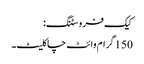
کیک فروسٹنگ:
150 گرام وائٹ چاکلیٹ۔